Civil Veterinary Dept. Bombay admin report 1923-31 - 1923-1931
Year: 1923
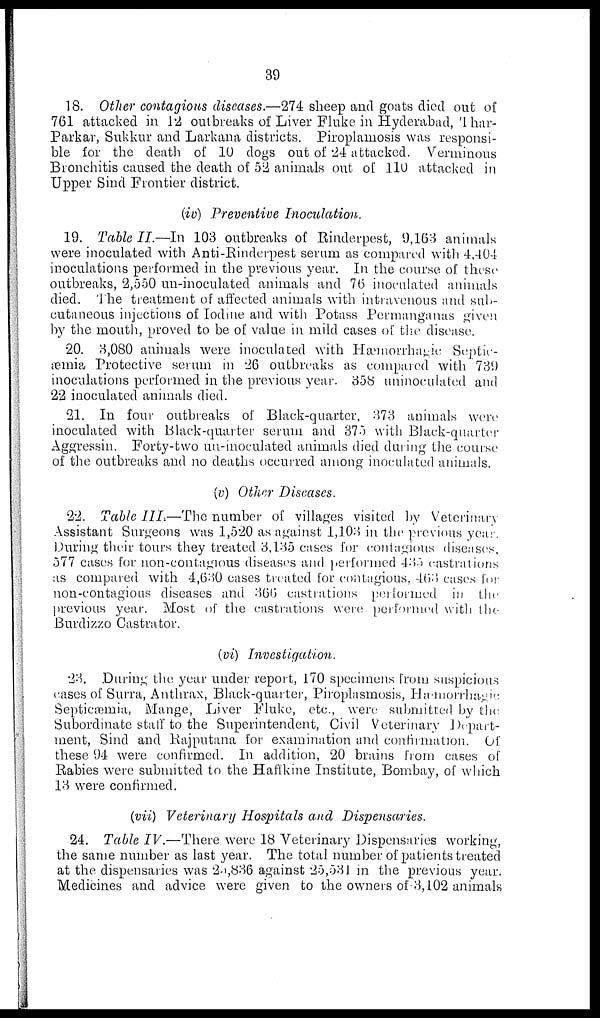
39
18. Other contagious diseases.—274 sheep and goats died out of
761 attacked in 12 outbreaks of Liver Fluke in Hyderabad, Thar-
Parkar, Sukkur and Larkana districts. Piroplamosis was responsi-
ble for the death of 10 dogs out of 24 attacked. Verminous
Bronchitis caused the death of 52 animals out of 110 attacked in
Upper Sind Frontier district.
(iv) Preventive
Inoculation.
19. Table II.—In 103 outbreaks of Rinderpest, 9,163 animals
were inoculated with Anti-Rinderpest serum as compared with 4,404
inoculations performed in the previous year. In the course of these
outbreaks, 2,550 un-inoculated animals and 76 inoculated animals
died. The treatment of affected animals with intravenous and sub-
cutaneous injections of Iodine and with Potass Permanganas given
by the mouth, proved to be of value in mild cases of the disease.
20. 3,080 animals were inoculated with Hæmiorrhagic Septic-
-mia Protective serum in 26 outbreaks as compared with 739
inoculations performed in the previous year. 358 uninoculated and
22 inoculated animals died.
21. In four outbreaks of Black-quarter, 373 animals were
inoculated with Black-quarter serum and 375 with Black-quarter
Aggressin. Forty-two un-inoculated animals died during the course
of the outbreaks and no deaths occurred among inoculated animals.
(v) Other Diseases.
22. Table III.—The number of villages visited by Veterinary
Assistant Surgeons was 1,520 as against 1,103 in the previous year.
During their tours they treated 3,135 cases for contagious diseases,
577 cases for non-contagious diseases and performed 435 castrations
as compared with 4,630 cases treated for contagious, 463 cases for
non-contagious diseases and 366 castrations performed in the
previous year. Most of the castrations were performed with the
Burdizzo Castrator.
(vi)
Investigation.
23. During the year under report, 170 specimens from suspicious
cases of Surra, Anthrax, Black-quarter, Piroplasmosis, Hæmorrhage
Septicæmia, Mange, Liver Fluke, etc., were submitted by the
Subordinate staff to the Superintendent, Civil Veterinary Depart-
ment, Sind and Rajputana for examination and confirmation. Of
these 94 were confirmed. In addition, 20 brains from cases of
Rabies were submitted to the Haffkine Institute, Bombay, of which
13 were confirmed.
(vii) Veterinary Hospitals and
Dispensaries.
24. Table IV.—There were 18 Veterinary Dispensaries working,
the same number as last year. The total number of patients treated
at the dispensaries was 25,836 against 25,531 in the previous year.
Medicines and advice were given to the owners of 3,102 animals